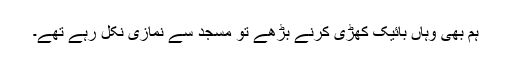
ہم بھی وہاں بائیک کھڑی کرنے بڑھے تو مسجد سے نمازی نکل رہے تھے۔